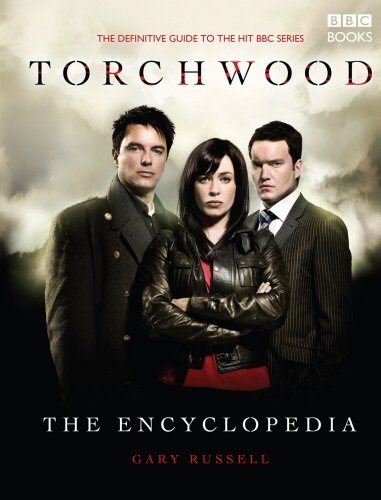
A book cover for The Torchwood Encyclopedia; Gary Russell; Reference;